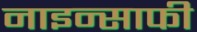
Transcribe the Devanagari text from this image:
नाइन्साफी